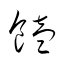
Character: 饁